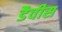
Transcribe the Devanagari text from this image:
डैवीस